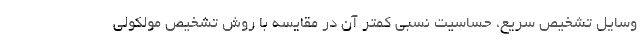
وسایل تشخیص سریع، حساسیت نسبی کمتر آن در مقایسه با روش تشخیص مولکولی